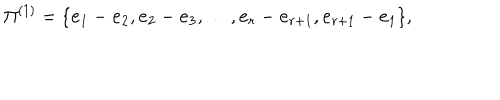
\Pi ^ { ( 1 ) } = \{ { \bf e } _ { 1 } - { \bf e } _ { 2 } , { \bf e } _ { 2 } - { \bf e } _ { 3 } , \ldots , { \bf e } _ { r } - { \bf e } _ { r + 1 } , { \bf e } _ { r + 1 } - { \bf e } _ { 1 } \} ,